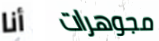
أنا مجوهرات